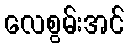
လေစွမ်းအင်